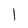
Character: 1